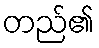
တည်၏